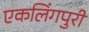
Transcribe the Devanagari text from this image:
एकलिंगपुरी